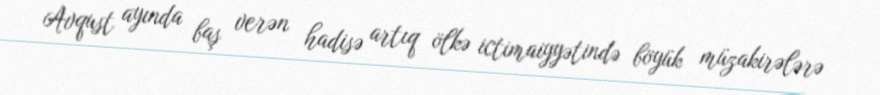
Avqust ayında baş verən hadisə artıq ölkə ictimaiyyətində böyük müzakirələrə